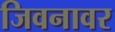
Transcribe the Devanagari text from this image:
जिवनावर